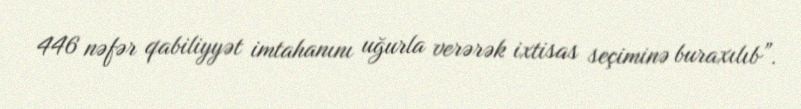
446 nəfər qabiliyyət imtahanını uğurla verərək ixtisas seçiminə buraxılıb”.